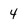
Character: 4